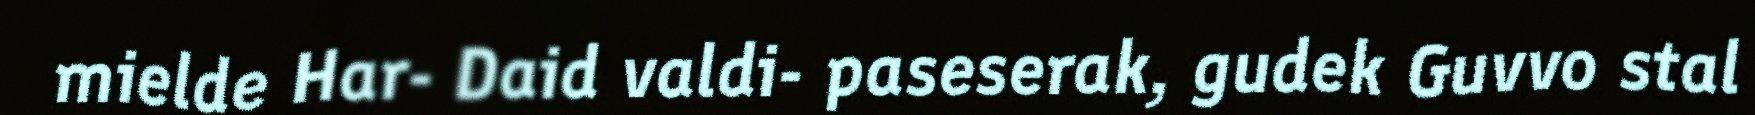
mielde Har- Daid valdi- paseserak, gudek Guvvo stal